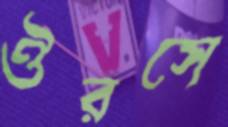
ঔরসে